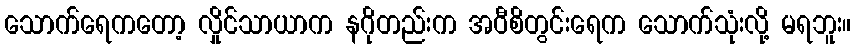
သောက်ရေကတော့ လှိုင်သာယာက နဂိုတည်းက အဝီစိတွင်းရေက သောက်သုံးလို့ မရဘူး။